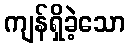
ကျန်ရှိခဲ့သော